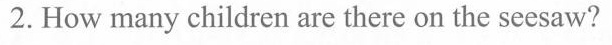
2.How many children are there on the seesaw?